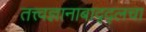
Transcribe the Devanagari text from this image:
तत्त्वज्ञानाबाद्द्लचा